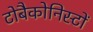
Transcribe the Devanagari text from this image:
टोबैकोनिस्टों